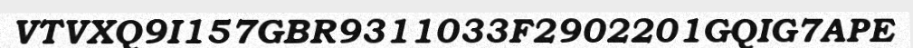
VTVXQ9I157GBR9311033F2902201GQIG7APE